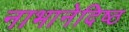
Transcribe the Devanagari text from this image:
नाभानेदिष्ठ